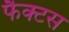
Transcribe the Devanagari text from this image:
फैक्टस